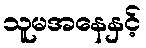
သူမအနေနှင့်